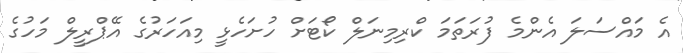
އެ މައްސަލަ އެންމެ ފުރަތަމަ ކްރިމިނަލް ކޯޓަށް ހުށަހެޅީ މިއަހަރުގެ އޭޕްރީލް މަހުގެ